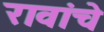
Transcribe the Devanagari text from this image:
रावांचे